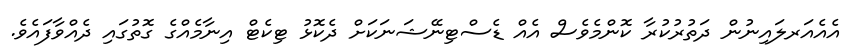
އެއެއަރލައިނުން ދަތުރުކުރާ ކޮންމެވެސް އެއް ޑެސްޓިނޭޝަނަކަށް ދެކޮޅު ޓިކެޓް އިނާމެއްގެ ގޮތުގައި ދެއްވާފައެވެ.